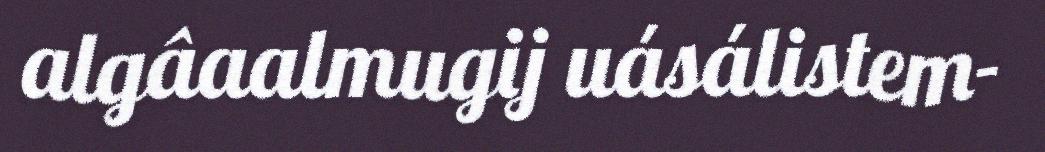
algâaalmugij uásálistem-